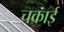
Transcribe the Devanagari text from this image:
चकाई